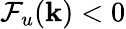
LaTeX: \mathcal{F}_{u}({\mathbf k})<0